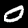
Label: 0